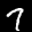
Digit: 7